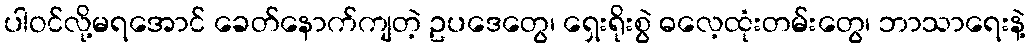
ပါဝင်လို့မရအောင် ခေတ်နောက်ကျတဲ့ ဥပဒေတွေ၊ ရှေးရိုးစွဲ ဓလေ့ထုံးတမ်းတွေ၊ ဘာသာရေးနဲ့